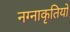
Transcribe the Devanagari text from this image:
नग्नाकृतियों